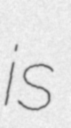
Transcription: is